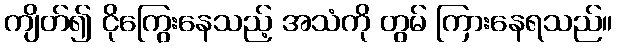
ကျိတ်၍ ငိုကြွေးနေသည့် အသံကို တွမ် ကြားနေရသည်။